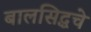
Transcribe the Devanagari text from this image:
बालसिद्धचे